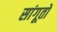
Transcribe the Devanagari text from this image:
सांगूतो